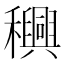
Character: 𮃴